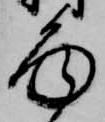
面